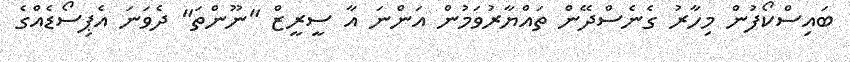
ބައިސްކޯފުން މިހާރު ގެނެސްދޭން ތައްޔާރުވަމުން އަންނަ އާ ސީރީޒް "ނޫންތަ" ދެވަނަ އެޕިސޯޑެއްގެ